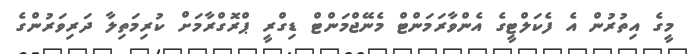
މީގެ އިތުރުން އެ ފެކަލްޓީގެ އެންވާރަމަންޓް މެނޭޖްމަންޓް ޑިގްރީ ޕްރޮގްރާމަށް ކުރިމަތިލާ ދަރިވަރުންގެ